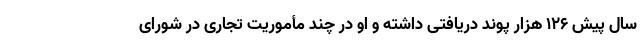
سال پیش ۱۲۶ هزار پوند دریافتی داشته و او در چند مأموریت تجاری در شورای